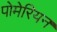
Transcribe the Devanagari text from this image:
पोमेरियन